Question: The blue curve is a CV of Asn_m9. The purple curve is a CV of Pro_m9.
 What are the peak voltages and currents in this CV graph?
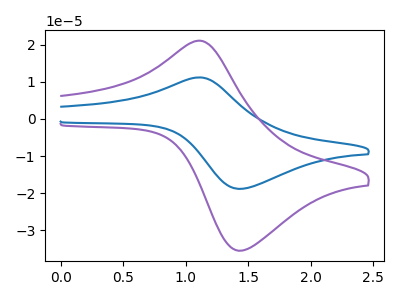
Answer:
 <answer>The blue curve "Asn_m9" has an anodic peak at (1.10V, 11.15uA) and a cathodic peak at (1.45V, -18.80uA). The purple curve "Pro_m9" has an anodic peak at (1.10V, 21.00uA) and a cathodic peak at (1.45V, -35.45uA).</answer>
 <eval></eval>